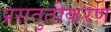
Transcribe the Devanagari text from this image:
प्रसतुतीकरण